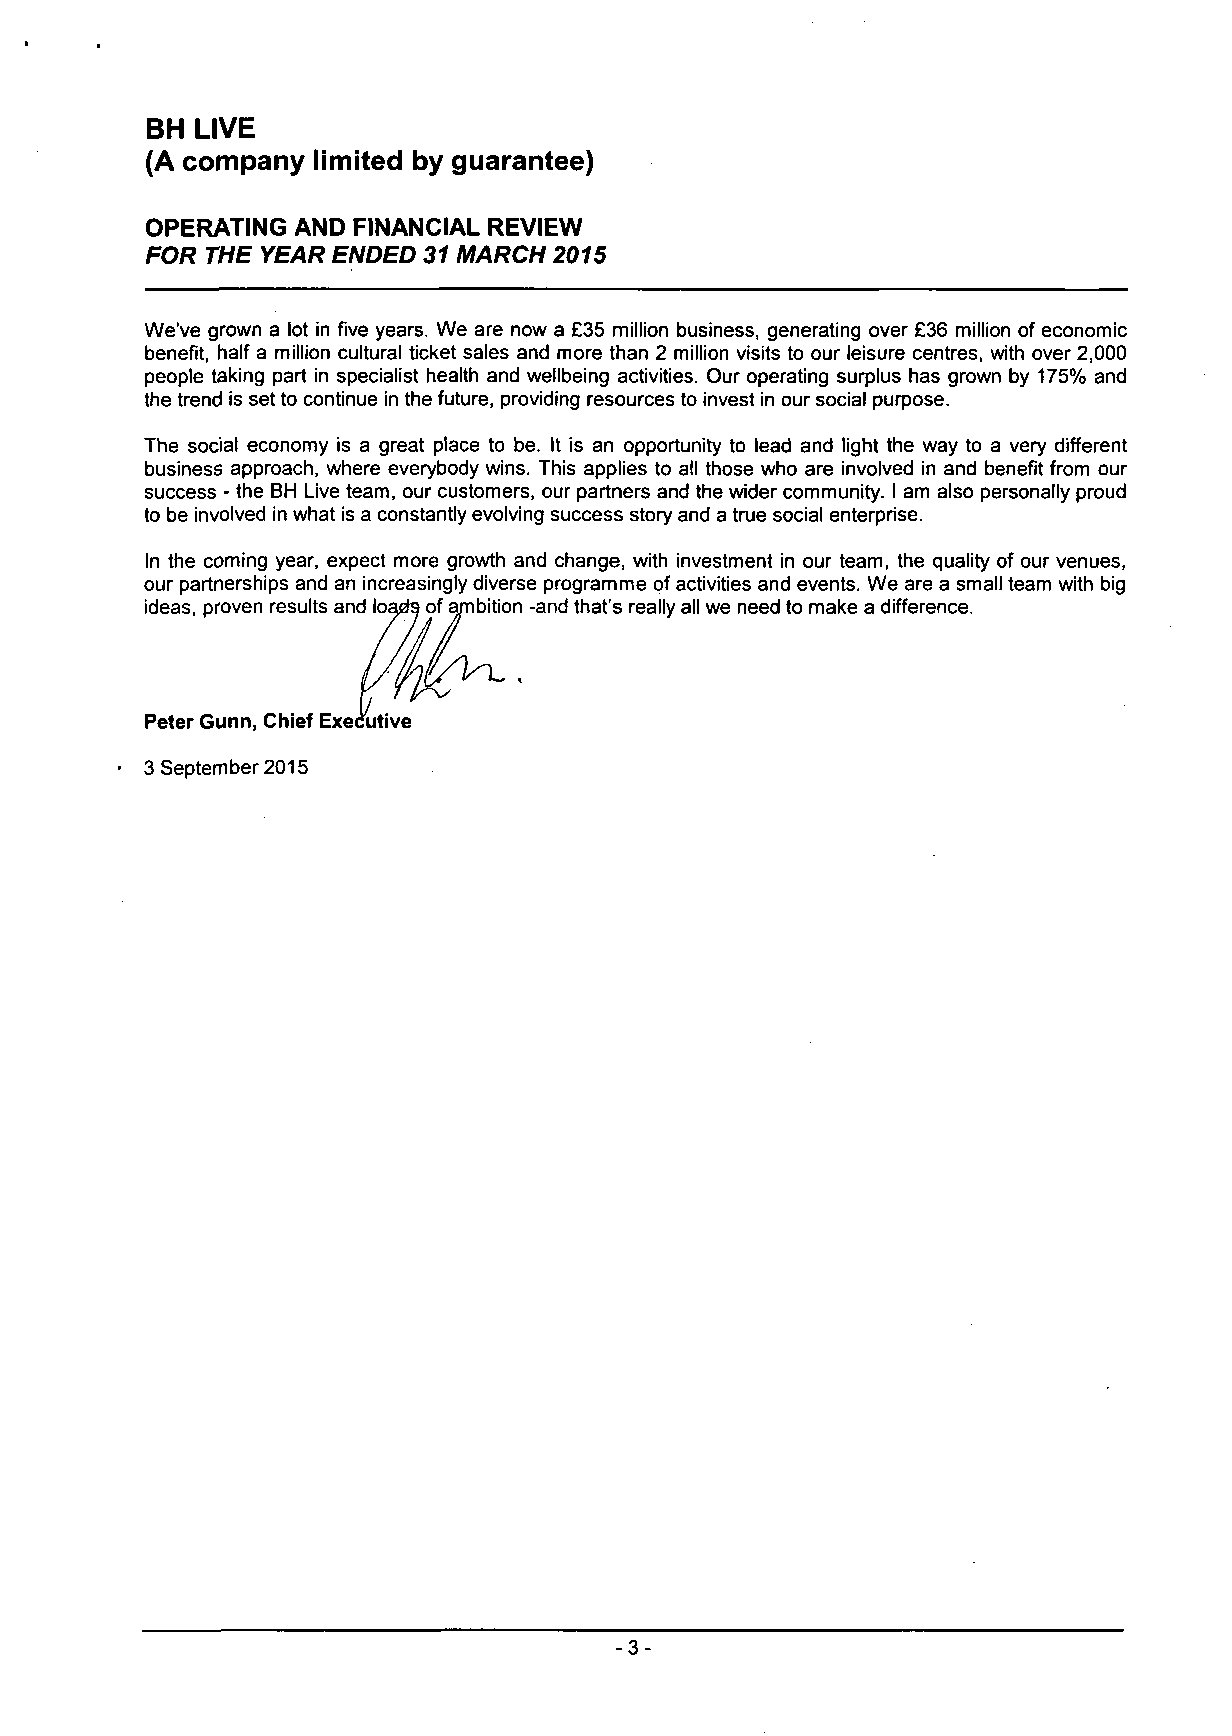
BH LIVE
 (A company limited by guarantee)
 OPERATING AND FINANCIAL REVIEW
 FOR THE YEAR ENDED 31 MARCH 2015
 We've grown a lot in five years. We are now a £35 million business, generating over £36 million of economic
 benefit, half a million cultural ticket sales and more than 2 million visits to our leisure centres, with over 2,000
 people taking part in specialist health and wellbeing activities. Our operating surplus has grown by 175% and
 the trend is set to continue in the future, providing resources to invest in our social purpose.
 The social economy is a great place to be. It is an opportunity to lead and light the way to a very different
 business approach, where everybody wins. This applies to all those who are involved in and benefit from our
 success - the BH Live team, our customers, our partners and the wider community. I am also personally proud
 to be involved in what is a constantly evolving success story and a true social enterprise.
 In the coming year, expect more growth and change, with investment in our team, the quality of our venues,
 our partnerships and an increasingly diverse programme of activities and events. We are a small team with big
 ideas, proven results and loads of ambition -and that's really all we need to make a difference.
 Peter Gunn, Chief Executive
 3 September 2015
 -3-